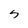
Character: s